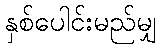
နှစ်ပေါင်းမည်မျှ